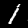
Label: 1